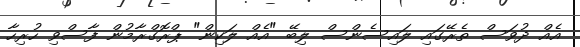
އެއް ދުވަސް ތެރޭގައި ލައިސެންސް ލިބޭ "އެއް ލަކިން" ޕްރޮގްރާމުން ފާސްވި ހުރިހާ